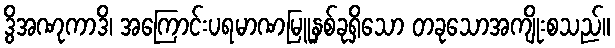
ဒွိအဏုကာဒိ၊ အကြောင်းပရမာဏမြူနှစ်ခုရှိသော တခုသောအကျိုးစသည်။